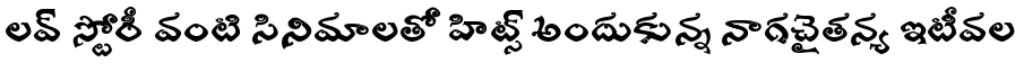
లవ్ స్టోరీ వంటి సినిమాలతో హిట్స్ అందుకున్న నాగచైతన్య ఇటీవల